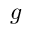
\ensuremath { \boldsymbol { g } }